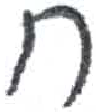
אות: ח